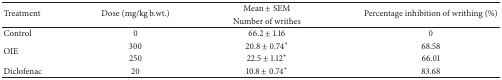
<table><thead><tr><td rowspan="2"><b>Treatment</b></td><td rowspan="2"><b>Dose (mg/kg b.wt.)</b></td><td><b>Mean ± SEM</b></td><td rowspan="2"><b>Percentage inhibition of writhing (%)</b></td></tr><tr><td><b>Number of writhes</b></td></tr></thead><tbody><tr><td>Control</td><td>0</td><td>66.2 ± 1.16</td><td>0</td></tr><tr><td rowspan="2">OIE</td><td>300</td><td>20.8 ± 0.74<sup><i>∗</i></sup></td><td>68.58</td></tr><tr><td>250</td><td>22.5 ± 1.12<sup><i>∗</i></sup></td><td>66.01</td></tr><tr><td>Diclofenac</td><td>20</td><td>10.8 ± 0.74<sup><i>∗</i></sup></td><td>83.68</td></tr></tbody></table>